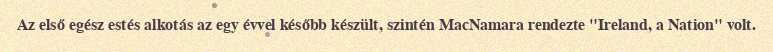
Az első egész estés alkotás az egy évvel később készült, szintén MacNamara rendezte "Ireland, a Nation" volt.